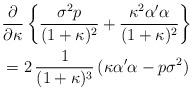
LaTeX: \begin{align*}& \frac{\partial}{\partial \kappa} \left\{\frac{\sigma^2p}{(1+\kappa)^2}+\frac{\kappa^2 \alpha'\alpha}{(1+\kappa)^2}\right\} \\&= 2 \, \frac{1}{(1+\kappa)^3}\, (\kappa\alpha'\alpha - p\sigma^2)\end{align*}